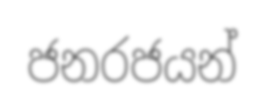
ජනරජයන්